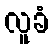
လူခံ